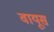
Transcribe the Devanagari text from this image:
वायूस